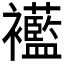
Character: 𧟋